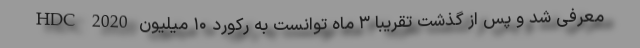
HDC 2020 معرفی شد و پس از گذشت تقریبا ۳ ماه توانست به رکورد ۱۰ میلیون